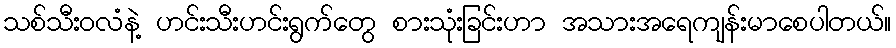
သစ်သီးဝလံနဲ့ ဟင်းသီးဟင်းရွက်တွေ စားသုံးခြင်းဟာ အသားအရေကျန်းမာစေပါတယ်။